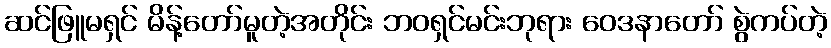
ဆင်ဖြူမရှင် မိန့်တော်မူတဲ့အတိုင်း ဘဝရှင်မင်းဘုရား ဝေဒနာတော် စွဲကပ်တဲ့